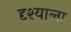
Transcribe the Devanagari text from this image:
दृश्‍याला